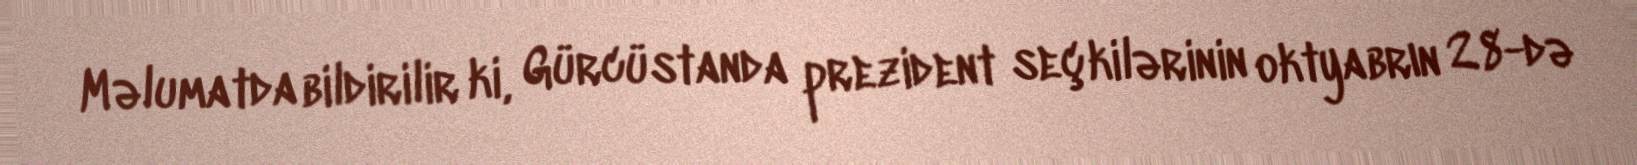
Məlumatda bildirilir ki, Gürcüstanda prezident seçkilərinin oktyabrın 28-də